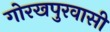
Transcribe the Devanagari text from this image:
गोरखपुरवासी